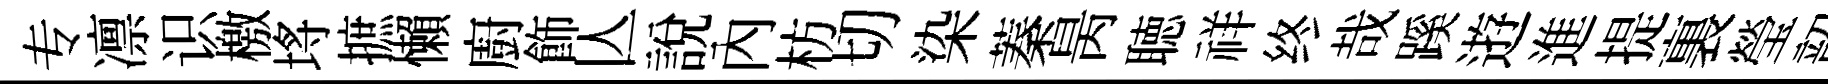
专凛识檄埓摭懶廚飾亾說內枋切染蓁昺聴祥终哉蹊逰進提裏瑩韶